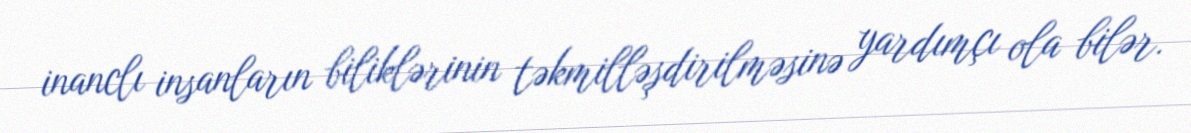
inanclı insanların biliklərinin təkmilləşdirilməsinə yardımçı ola bilər.